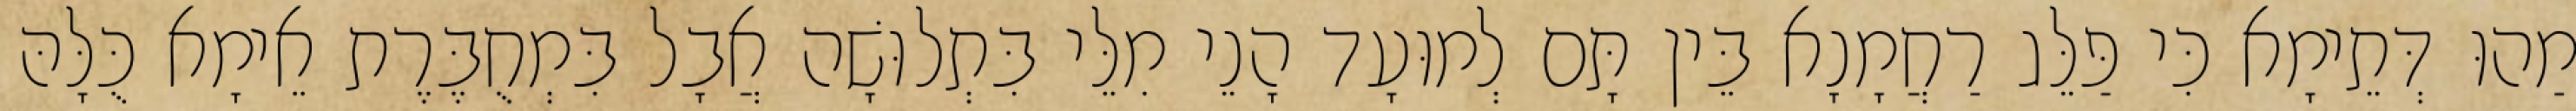
מַהוּ דְּתֵימָא כִּי פַּלֵּג רַחֲמָנָא בֵּין תָּם לְמוּעָד הָנֵי מִלֵּי בִּתְלוּשָׁה אֲבָל בִּמְחֻבֶּרֶת אֵימָא כֻּלָּהּ